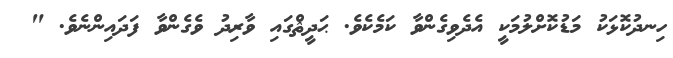
ހިނދުކޮޅަކު މަޑުކޮށްލުމަކީ އެދެވިގެންވާ ކަމެކެވެ. ޙަދީޘްގައި ވާރިދު ވެގެންވާ ފަދައިންނެވެ. "